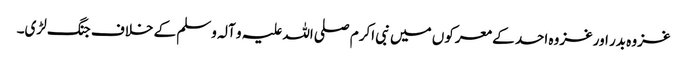
غزوہ بدر اورغزوہ احد کے معرکوں میں نبی اکرم صلی اللہ علیہ و آلہ وسلم کے خلاف جنگ لڑی۔